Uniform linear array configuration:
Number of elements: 24
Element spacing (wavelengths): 0.75
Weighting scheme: hamming
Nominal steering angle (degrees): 45
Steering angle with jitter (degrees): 43.855
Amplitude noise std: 0.05
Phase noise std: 0.05

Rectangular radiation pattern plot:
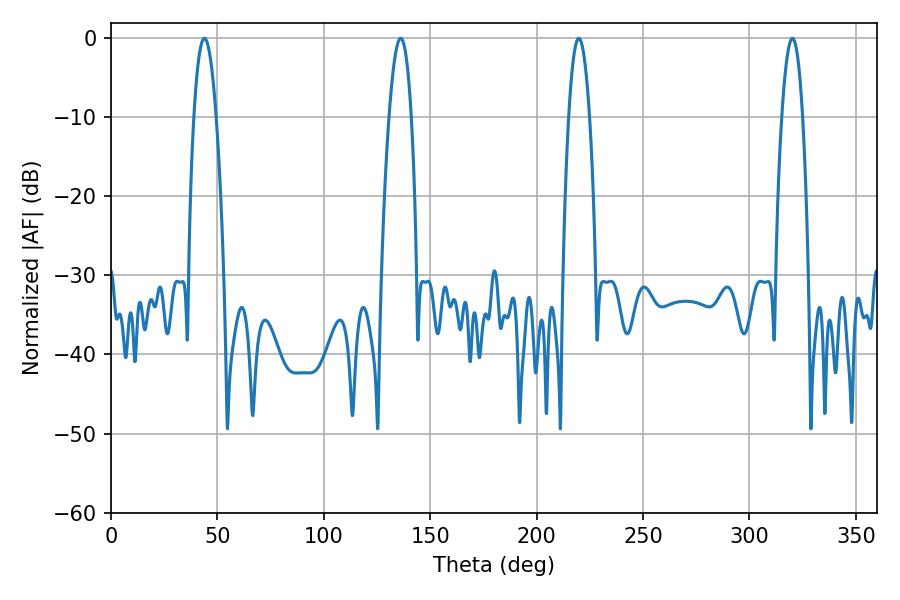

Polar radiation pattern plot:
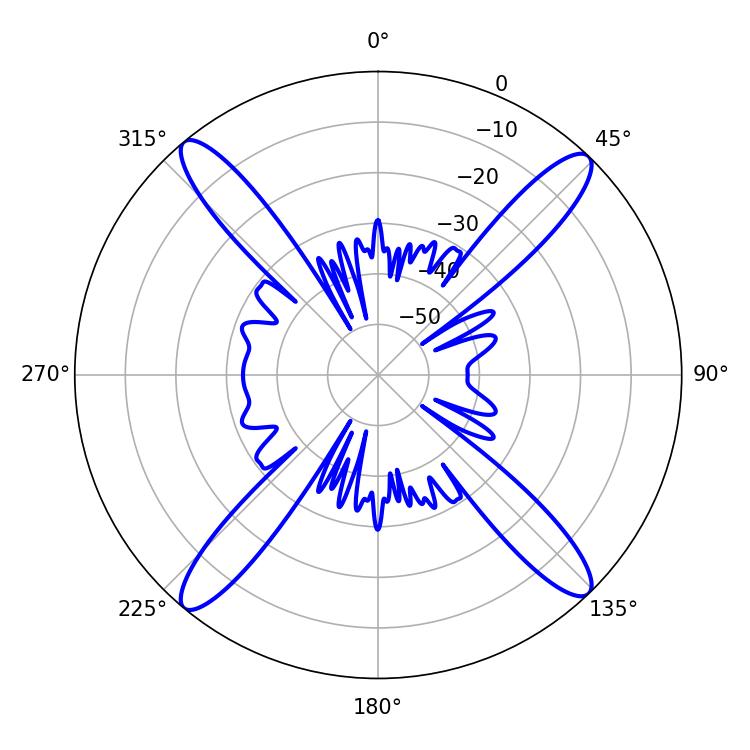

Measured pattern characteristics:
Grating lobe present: TRUE
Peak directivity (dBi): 19.961
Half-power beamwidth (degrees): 5.4
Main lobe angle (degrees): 219.78